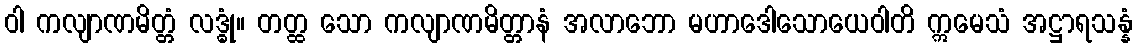
ဝါ ကလျာဏမိတ္တံ လဒ္ဓုံ။ တတ္ထ သော ကလျာဏမိတ္တာနံ အလာဘော မဟာဒေါသောယေဝါတိ ဣမေသံ အဋ္ဌာရသန္နံ